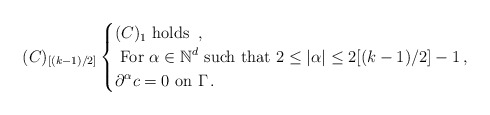
\begin{align*}(C)_{[(k-1)/2]}\begin{cases}(C)_1 \mbox{ holds } \,,\\\displaystyle{\mbox{ For } \alpha \in \mathbb{N}^d \mbox{ such that } 2 \le |\alpha| \le 2 [(k-1)/2] -1}\,,\\\displaystyle{\partial^{\alpha} c=0 \mbox{ on } \Gamma}\,.\end{cases}\end{align*}